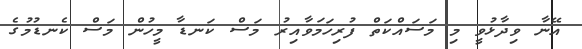
އޭނާ ވިދާޅުވީ މި މަސައްކަތް ފުރިހަމަވާއިރު މަސް ކަނޑާ މީހުން މަސް ކެނޑުމުގެ